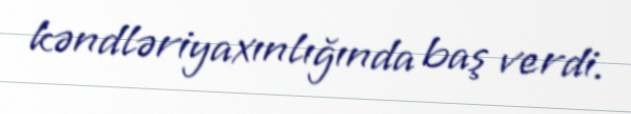
kəndləriyaxınlığında baş verdi.